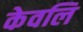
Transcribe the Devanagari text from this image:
केवलि